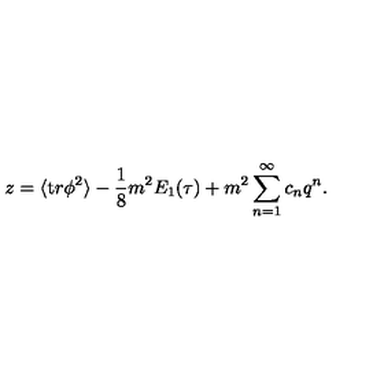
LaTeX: z = \langle { \mathrm t r } \phi ^ { 2 } \rangle - { \frac { 1 } { 8 } } m ^ { 2 } E _ { 1 } ( \tau ) + m ^ { 2 } \sum _ { n = 1 } ^ { \infty } c _ { n } q ^ { n } .